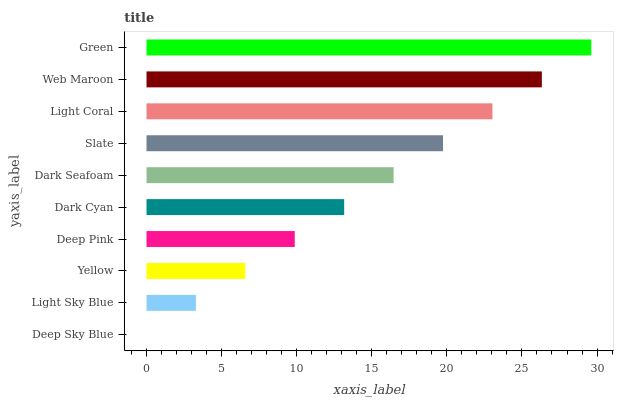
| yaxis_label | bars |
 | --- | --- |
 | Deep Sky Blue | 0 |
 | Light Sky Blue | 3.29 |
 | Yellow | 6.58 |
 | Deep Pink | 9.87 |
 | Dark Cyan | 13.2 |
 | Dark Seafoam | 16.5 |
 | Slate | 19.7 |
 | Light Coral | 23 |
 | Web Maroon | 26.3 |
 | Green | 29.6 |